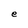
Character: e